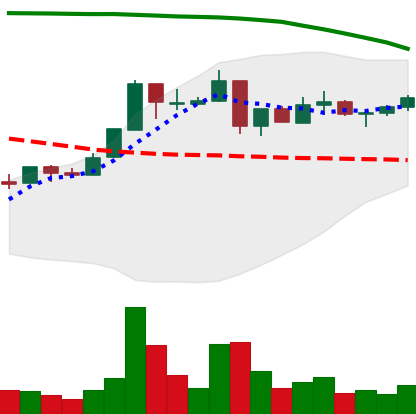
Ticker: XRP-USD
Chart end date: 2018-05-03
Forward return: -7.97%
Label: down_7plus